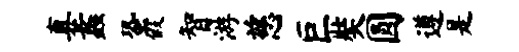
真蠡蛩假智游慈巨奘圆遵是